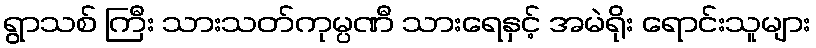
ရွာသစ် ကြီး သားသတ်ကုမ္ပဏီ သားရေနှင့် အမဲရိုး ရောင်းသူများ